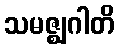
သမဇ္ဈဂါတိ